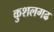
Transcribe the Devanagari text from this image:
कुशलगढ